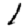
Digit: 1